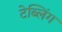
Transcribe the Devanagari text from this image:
टेब्लिंग